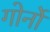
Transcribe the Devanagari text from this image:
गोर्नो